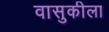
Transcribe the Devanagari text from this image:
वासुकीला